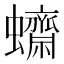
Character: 𧕚